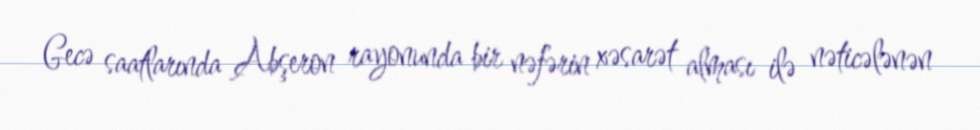
Gecə saatlarında Abşeron rayonunda bir nəfərin xəsarət alması ilə nəticələnən